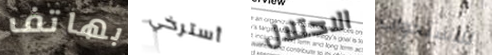
بهاتف أسترخي الاحتلال للإستجواب